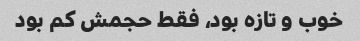
خوب و تازه بود، فقط حجمش کم بود